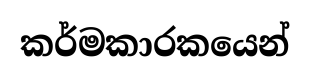
කර්මකාරකයෙන්